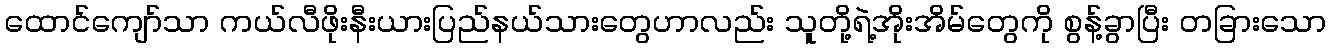
ထောင်ကျော်သာ ကယ်လီဖိုးနီးယားပြည်နယ်သားတွေဟာလည်း သူတို့ရဲ့အိုးအိမ်တွေကို စွန့်ခွာပြီး တခြားသော